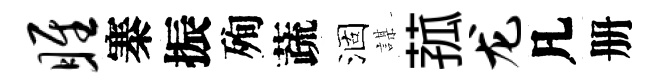
雎寨振殉蔬涸謀菰龙凡册